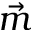
\vec { m }